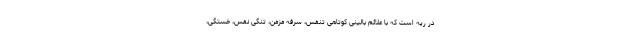
در ریه است که با علائم بالینی کوتاهی تنفس، سرفه مزمن، تنگی نفس، خستگی،